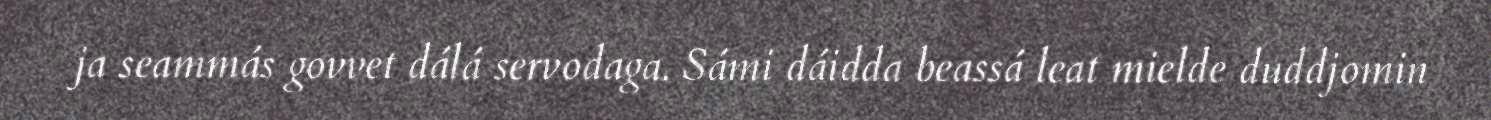
ja seammás govvet dálá servodaga. Sámi dáidda beassá leat mielde duddjomin